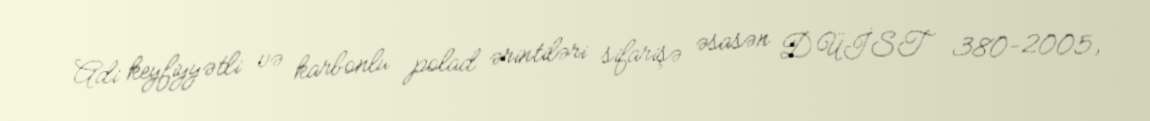
Adi keyfiyyətli və karbonlu polad ərintiləri sifarişə əsasən DÜİST 380-2005,